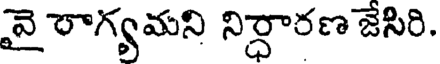
వై రాగ్యమని నిర్ధారణ జేసిరి.